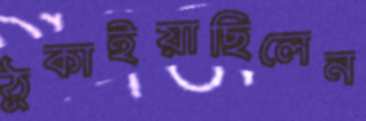
ঠুকাইয়াছিলেন